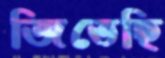
জিতেছি